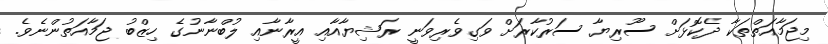
މިޖަމާއަތްތަކާ ދެކޮޅަށް ސޫރިޔާ ސަރުކާރަށް ވަގިވެރިވަނީ ރަޝިޔާއާއި އީރާނާއި ލުބްނާނުގެ ހިޒްބު ޖަމާއަތުންނެވެ.